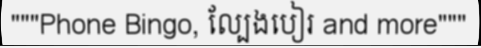
"""Phone Bingo, ល្បែងបៀរ and more"""